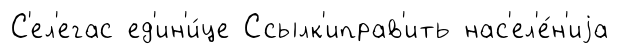
С'ел'егас ед'ин'и́це Ссылк'иправ'ить нас'ел'е́н'иjа